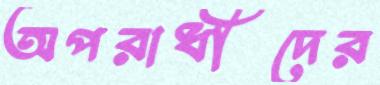
অপরাধীদের